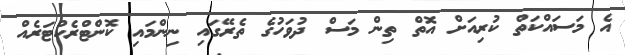
އެ މަސައްކަތް ކުރިއަށް އޮތް ތިން މަސް ދުވަހުގެ ތެރޭގައި ނިންމައި ކޮންޓްރެކްޓަރެއް